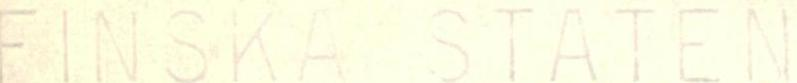
FINSKA STATEN